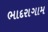
ભાદરાગામ